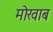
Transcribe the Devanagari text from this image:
मोखाब